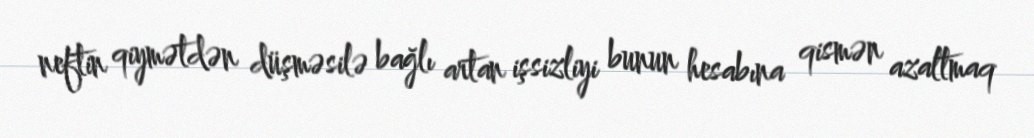
neftin qiymətdən düşməsilə bağlı artan işsizliyi bunun hesabına qismən azaltmaq